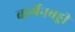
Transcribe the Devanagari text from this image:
बार्गेनबड्डी